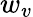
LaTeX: w_{v}